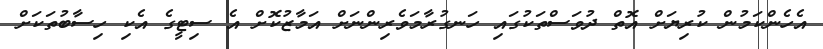
އެހެންކަމުން ކުރިޔަށް އޮތް ދުވަސްތަކުގައި ހަނގުރާމަވެރިންނަށް އަމާޒުކޮށް އެ ސިޓީގެ އެކި ހިސާބުތަކަށް